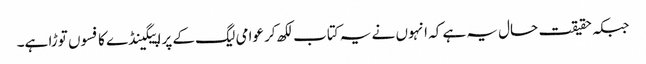
جبکہ حقیقت حال یہ ہے کہ انہوں نے یہ کتاب لکھ کر عوامی لیگ کے پراپیگینڈے کا فسوں توڑا ہے۔